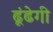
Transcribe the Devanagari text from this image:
ढूंढेगी